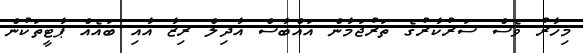
މިހާރު ވެސް ސަރުކާރުގެ ތަރުޖަމާން އައްބާސް އާދިލް ރިޒާ އާއި ބައެއް ޕާޓީތަކުން